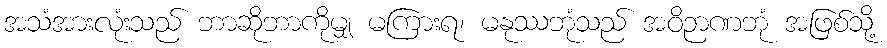
အသံအားလုံးသည် ဘာဆိုဘာကိုမျှ မကြားရ၊ မနုဿဘုံသည် အဝိဉာဏဘုံ အဖြစ်သို့